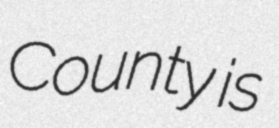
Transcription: County is